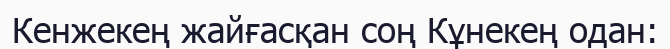
Кенжекең жайғасқан соң Кұнекең одан: